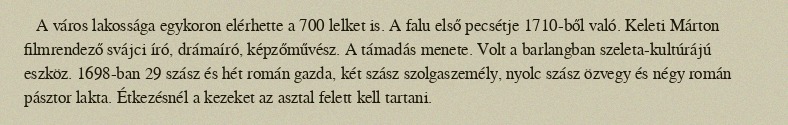
A város lakossága egykoron elérhette a 700 lelket is. A falu első pecsétje 1710-ből való. Keleti Márton filmrendező svájci író, drámaíró, képzőművész. A támadás menete. Volt a barlangban szeleta-kultúrájú eszköz. 1698-ban 29 szász és hét román gazda, két szász szolgaszemély, nyolc szász özvegy és négy román pásztor lakta. Étkezésnél a kezeket az asztal felett kell tartani.